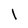
Character: l